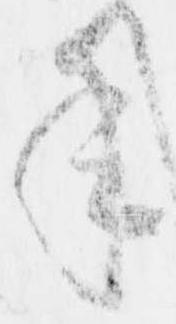
年